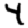
Digit: 4